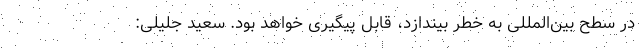
در سطح بین‌المللی به خطر بیندازد، قابل پیگیری خواهد بود. سعید جلیلی: